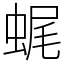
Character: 𧋦